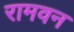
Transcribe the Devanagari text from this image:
रामवन